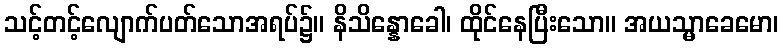
သင့်တင့်လျောက်ပတ်သောအရပ်၌။ နိသိန္နောခေါ၊ ထိုင်နေပြီးသော။ အယသ္မာခေမော၊